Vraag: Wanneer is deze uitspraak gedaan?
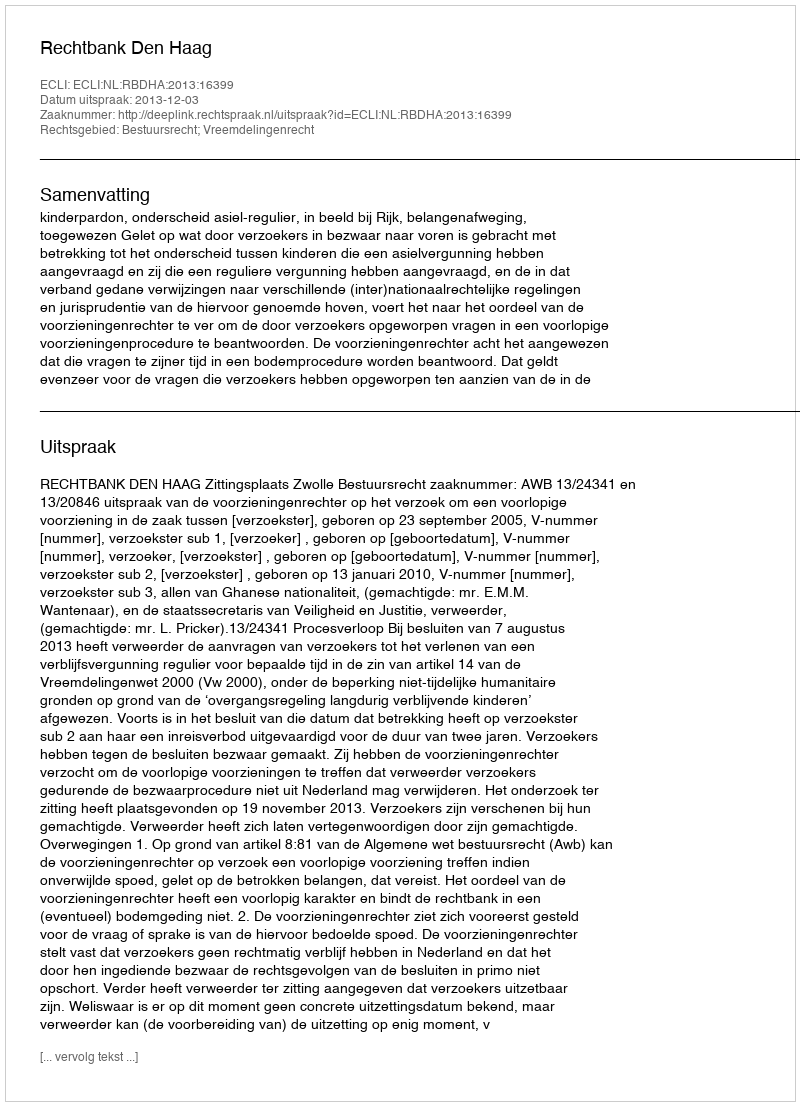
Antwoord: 2013-12-03